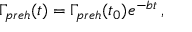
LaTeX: \Gamma _ { p r e h } ( t ) = \Gamma _ { p r e h } ( t _ { 0 } ) e ^ { - b t } \, ,